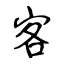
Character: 客